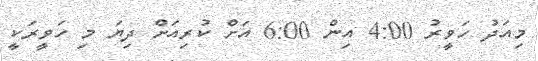
މިއަދު ހަވީރު 4:00 އިން 6:00 އަށް ކުރިއަށް ދިޔަ މި ހަވީރަކީ